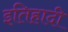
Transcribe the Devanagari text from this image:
इतिहादी